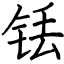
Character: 铥